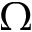
\Omega